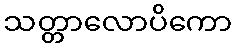
သတ္တာလောပိကော